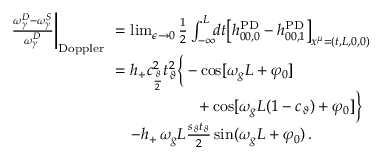
\begin{array} { r l } { \frac { \omega _ { \gamma } ^ { D } - \omega _ { \gamma } ^ { S } } { \omega _ { \gamma } ^ { D } } \bigg | _ { \mathrm { D o p p l e r } } \! \! } & { = \operatorname* { l i m } _ { \epsilon \to 0 } \frac { 1 } { 2 } \int _ { - \infty } ^ { L } \! \! d t \big [ h _ { 0 0 , 0 } ^ { \mathrm { P D } } - h _ { 0 0 , 1 } ^ { \mathrm { P D } } \big ] _ { x ^ { \mu } = ( t , L , 0 , 0 ) } } \\ & { = h _ { + } c _ { \frac { \vartheta } { 2 } } ^ { 2 } t _ { \vartheta } ^ { 2 } \Big \{ - \cos [ \omega _ { g } L + \varphi _ { 0 } ] } \\ & { \qquad \qquad \quad ~ + \cos [ \omega _ { g } L ( 1 - c _ { \vartheta } ) + \varphi _ { 0 } ] \Big \} } \\ & { \quad - h _ { + } \, \omega _ { g } L \frac { s _ { \vartheta } t _ { \vartheta } } { 2 } \sin ( \omega _ { g } L + \varphi _ { 0 } ) \, . } \end{array}